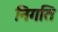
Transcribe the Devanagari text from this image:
निगति